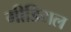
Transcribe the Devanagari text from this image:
मीडियल